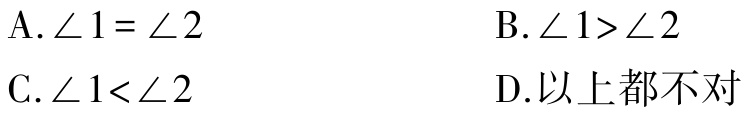
A.$\angle 1 = \angle 2$

B.$\angle 1>\angle 2$

C.$\angle 1<\angle 2$

D.以上都不对